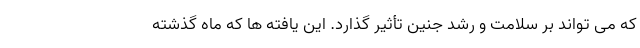
که می تواند بر سلامت و رشد جنین تأثیر گذارد. این یافته ها که ماه گذشته